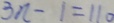
3 n - 1 = 1 1 0